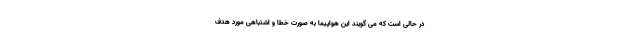
در حالی است که می گویند این هواپیما به صورت خطا و اشتباهی مورد هدف